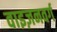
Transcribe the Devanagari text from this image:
वाइज़नवर्ग